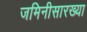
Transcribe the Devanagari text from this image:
जमिनीसारख्या